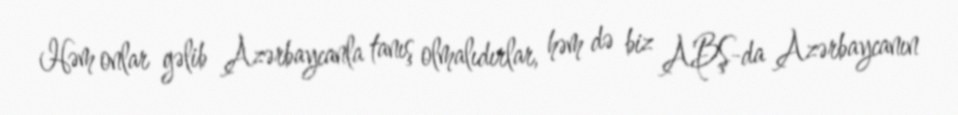
Həm onlar gəlib Azərbaycanla tanış olmalıdırlar, həm də biz ABŞ-da Azərbaycanın